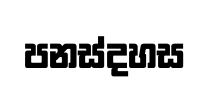
පනස්දහස